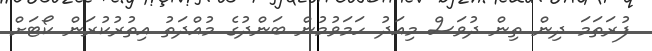
ފުރަތަމަ ދިން ތިން ދުވަސް މިއަދު ހަމަވުމުން ބަންދުގެ މުއްދަތު އިތުރުކުރަން ކޯޓަށް